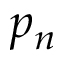
p _ { n }